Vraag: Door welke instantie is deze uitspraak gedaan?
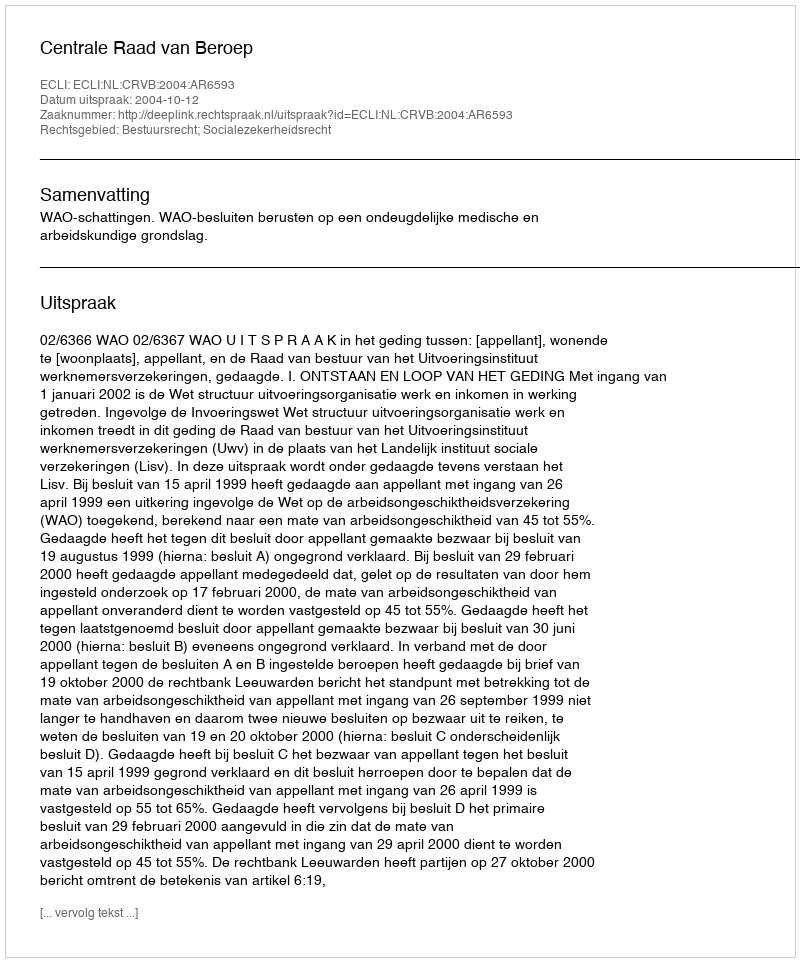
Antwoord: Centrale Raad van Beroep